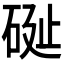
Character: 𥒔